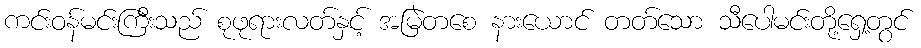
ကင်းဝန်မင်းကြီးသည် စုဖုရားလတ်နှင့် အမြဲတစေ နားယောင် တတ်သော သီပေါမင်းတို့ရှေ့တွင်